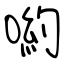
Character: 喲